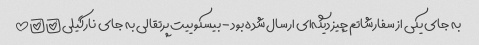
به جای یکی از سفارشاتم چیز دیگه‌ای ارسال شده بود - بیسکوییت پرتقالی به جای نارگیلی!!!!!!!!!!!!!!!!!!!!